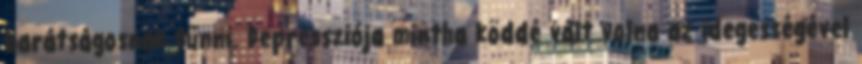
barátságosnak tűnni. Depressziója mintha köddé vált volna az idegességével